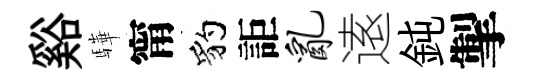
谿驊甯豹詎乱逺鈍掣